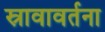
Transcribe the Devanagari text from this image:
स्रावावर्तना